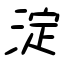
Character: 淀